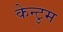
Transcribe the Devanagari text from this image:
केन्टुम